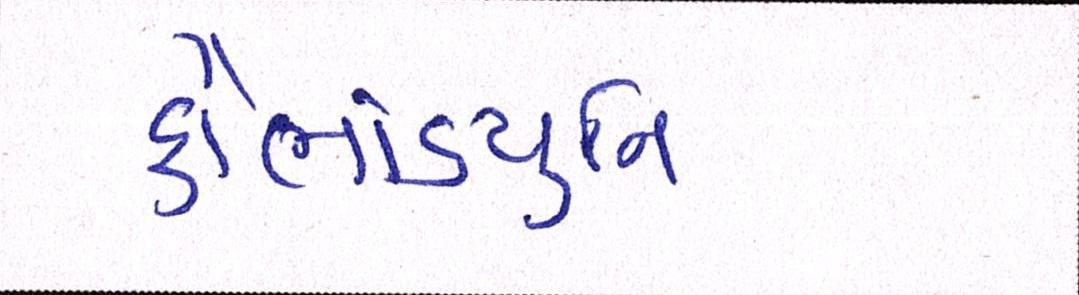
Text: કૌભાંડયુનિ